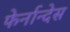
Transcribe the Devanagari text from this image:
फेर्नान्देस